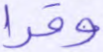
وقرا